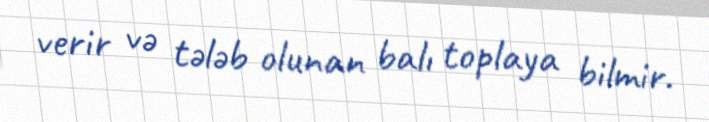
verir və tələb olunan balı toplaya bilmir.